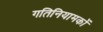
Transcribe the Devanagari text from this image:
गतिनियामकों